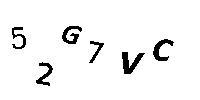
52G7VC